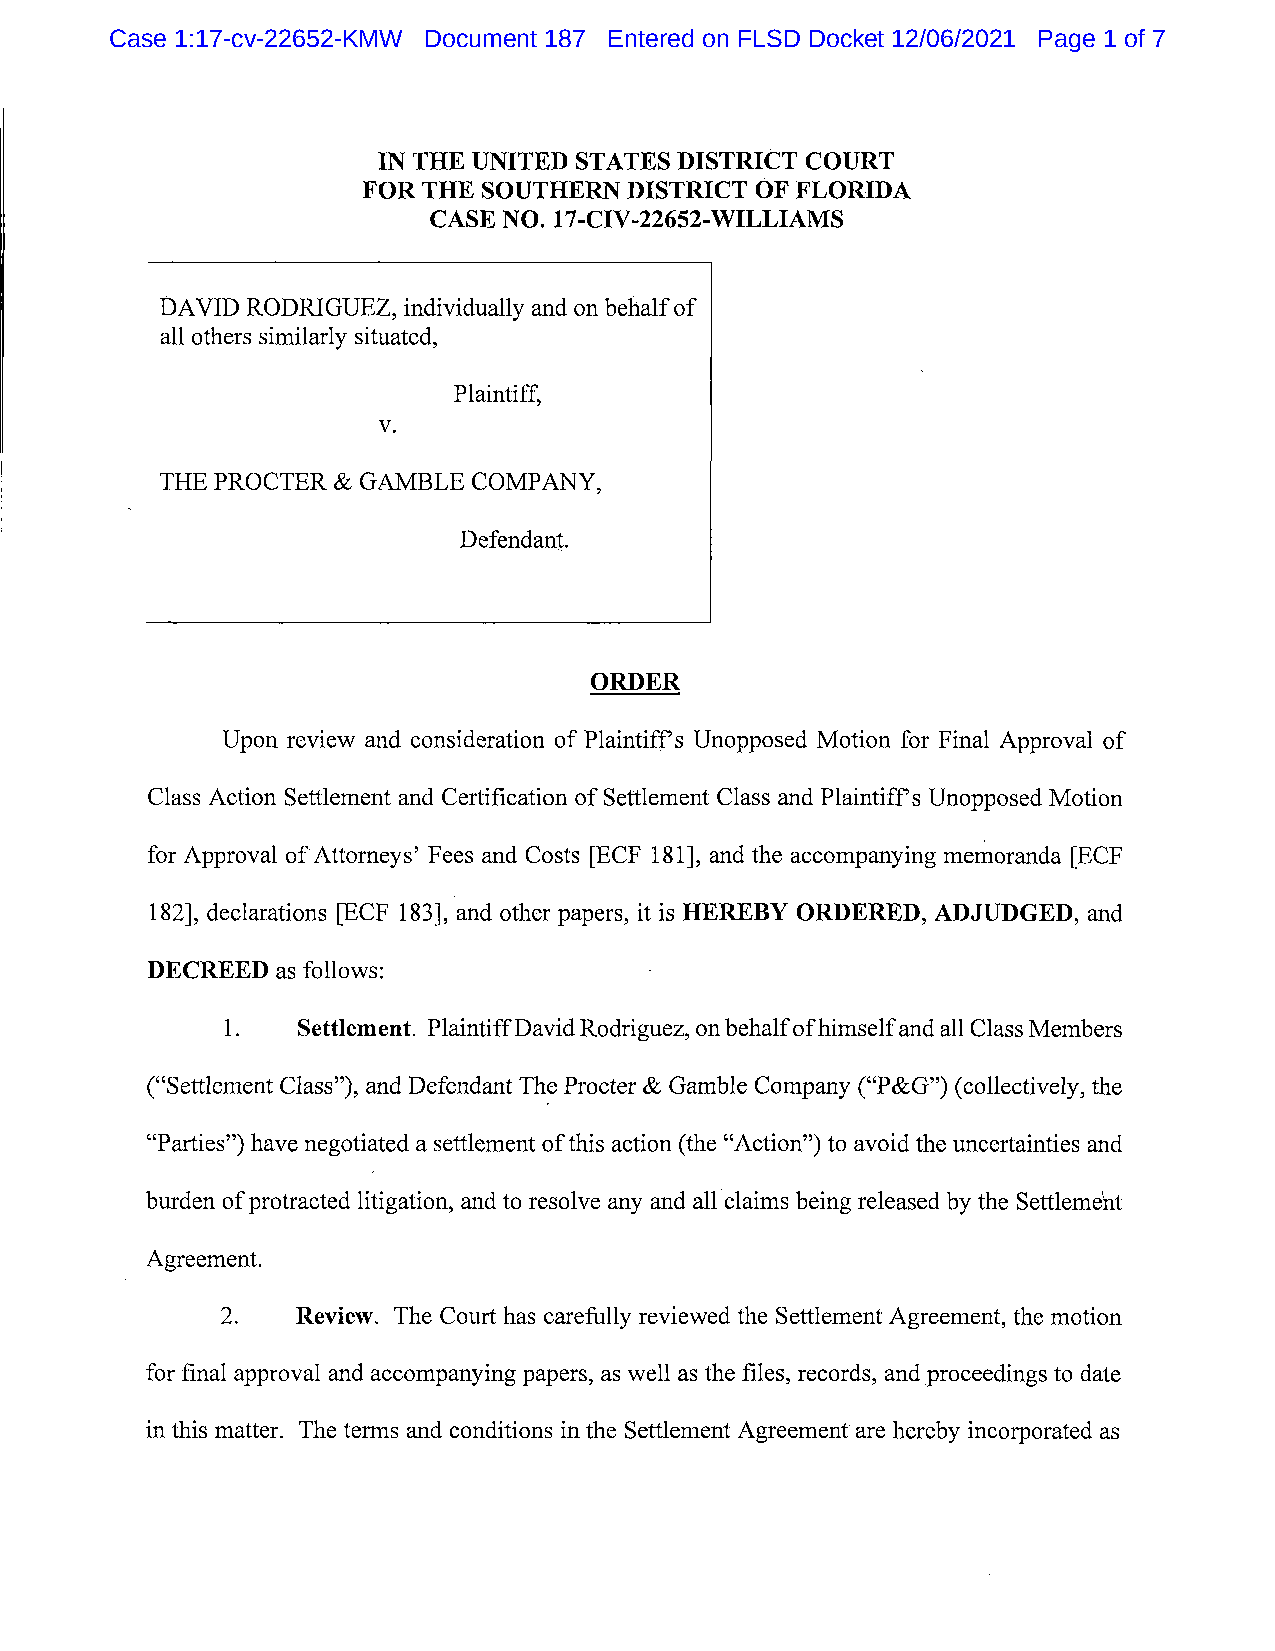
Case 1:17-cv-22652-KMW Document 187 Entered on FLSD Docket 12/06/2021 Page 1 of 7
 IN THE UNITED STATES DISTRICT COURT
 FOR THE SOUTHERN  DISTRICT OF FLORIDA
 CASE NO. 17-C1V-22652-W lLLlAM S
 DAVID RODRIGUEZ, individually and on behalf of
 a11 others similarly situated,
 Plaintiff,
 V.
 THE PROCTER & GAMBLE COMPANY,
 Defendanj.
 ORDER
 Upon review and consideration of Plaintiff's Unopposed M otion for Final Approval of
 .
 Class Action Settlement and Certification of Settlement Class and Plaintiff s Unopposed M otion
 for Approval of Attorneys' Fees and Costs (ECF 181q, and the accompanying memoranda (ECF
 1821, declarations (ECF 183j, and other papers, it is HEREBY ORDERED, ADJUDGED, and
 DECREED as follows:
 Settlem ent. Plaintiff David Rodriguez, on behalf of himself and a11 Class Members
 (tssettlement C1ass''), and Defendant The Procter & Gamble Company CT&G'') (collectively, the
 Gdpal-ties'') have negotiated a settlement of this action (the tsAction'') to avoid the uncertainties and
 burden of protracted litigation, and to resolve any and all'claims being released by the Setllemeht
 Agreement.
 Review. The Court has carefully reviewed the Settlement Agreement, the motion
 for final approval and accompanying papers, as well as the files, records, and proceedings to date
 in this matter. The terms and conditions in the Settlement Agreement are hereby incorporated as